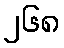
၂၆၈